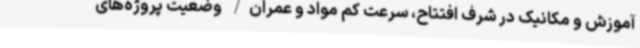
آموزش و مکانیک در شرف افتتاح، سرعت کم مواد و عمران/ وضعیت پروژه‌های